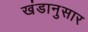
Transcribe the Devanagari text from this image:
खंडानुसार